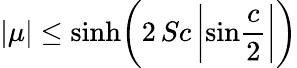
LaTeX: |\mu|\le\mathrm{sinh}\bigg(2\, Sc\, \bigg|\mathrm{sin}{\frac{c}{2}}\bigg|\bigg)